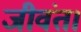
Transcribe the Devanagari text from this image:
जीवंत।